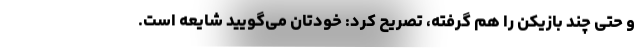
و حتی چند بازیکن را هم گرفته، تصریح کرد: خودتان می‌گویید شایعه است.